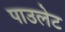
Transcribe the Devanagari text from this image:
पाउलेट